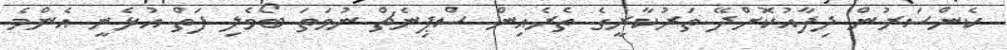
ކެންސަރުން ދިފާއުކޮށްދޭ ތަރުކާރީގެ ތެރެއިން ސްޕިނެޗް ނުވަތަ ބޯވެލި ފަތް އުޅެނީ އެންމެ